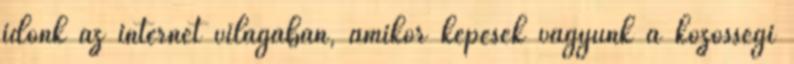
időnk az internet világában, amikor képesek vagyunk a közösségi